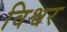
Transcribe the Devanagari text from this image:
विश्वर